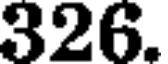
326.